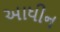
અાધીન